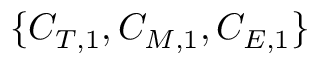
\{ C _ { T , 1 } , C _ { M , 1 } , C _ { E , 1 } \}